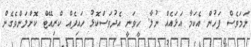
ނަމަވެސް ފަހުން އެކަމާ އަޅައެއް ނުލާ. ހީވަނީ އެދުވަސްކޮޅު ހައިފެއް ކްރިއޭޓް ކޮށްލަންވެގެން